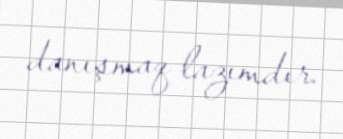
danışmaq lazımdır.